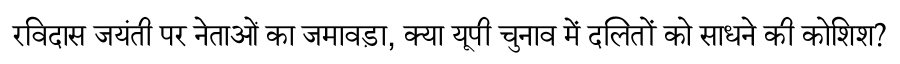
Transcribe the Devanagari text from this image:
रविदास जयंती पर नेताओं का जमावड़ा, क्या यूपी चुनाव में दलितों को साधने की कोशिश?